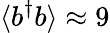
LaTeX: \langle b^{\dagger}b\rangle\approx 9